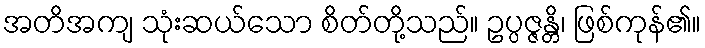
အတိအကျ သုံးဆယ်သော စိတ်တို့သည်။ ဥပ္ပဇ္ဇန္တိ၊ ဖြစ်ကုန်၏။